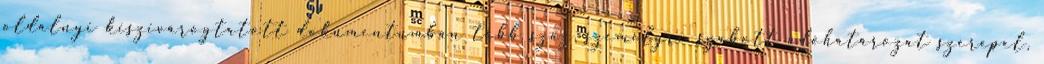
oldalnyi kiszivárogtatott dokumentumban több száz, személyre szabott adóhatározat szerepel,